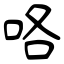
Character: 咯